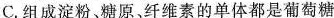
C.组成淀粉、糖原、纤维素的单体都是葡萄糖